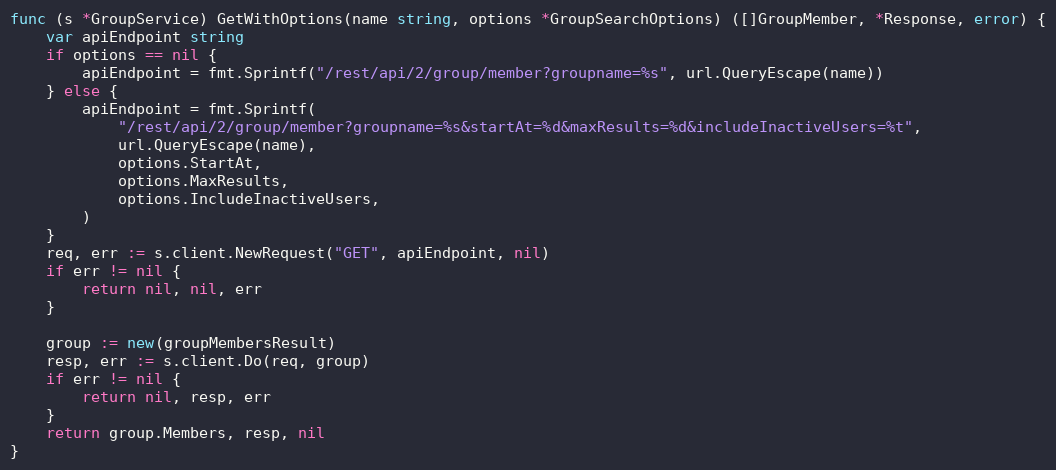
Language: Go
func (s *GroupService) GetWithOptions(name string, options *GroupSearchOptions) ([]GroupMember, *Response, error) {
	var apiEndpoint string
	if options == nil {
		apiEndpoint = fmt.Sprintf("/rest/api/2/group/member?groupname=%s", url.QueryEscape(name))
	} else {
		apiEndpoint = fmt.Sprintf(
			"/rest/api/2/group/member?groupname=%s&startAt=%d&maxResults=%d&includeInactiveUsers=%t",
			url.QueryEscape(name),
			options.StartAt,
			options.MaxResults,
			options.IncludeInactiveUsers,
		)
	}
	req, err := s.client.NewRequest("GET", apiEndpoint, nil)
	if err != nil {
		return nil, nil, err
	}

	group := new(groupMembersResult)
	resp, err := s.client.Do(req, group)
	if err != nil {
		return nil, resp, err
	}
	return group.Members, resp, nil
}